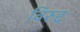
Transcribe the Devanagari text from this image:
विरुद्दः